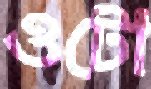
ওটো